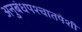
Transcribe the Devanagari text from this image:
अनुबंधपश्चातपेशी